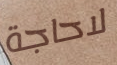
لاحاجة